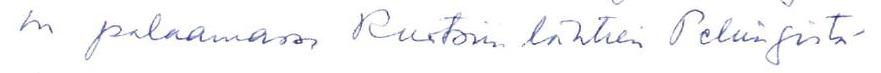
on palaamassa Ruotsiin lähtien Pekingistä